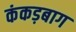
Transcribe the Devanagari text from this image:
कंकड़बाग